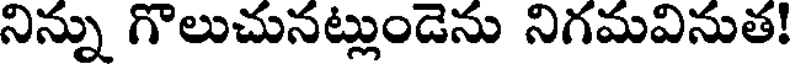
నిన్ను గొలుచునట్లుండెను నిగమవినుత!